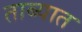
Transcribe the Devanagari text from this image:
ताब्‍यात